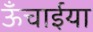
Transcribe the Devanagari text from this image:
ऊँचाईया